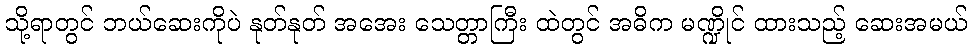
သို့ရာတွင် ဘယ်ဆေးကိုပဲ နုတ်နုတ် အအေး သေတ္တာကြီး ထဲတွင် အဓိက မဏ္ဍိုင် ထားသည့် ဆေးအမယ်